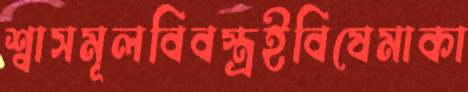
শ্বাসমূলবিবস্ত্রইবিষেমাকা